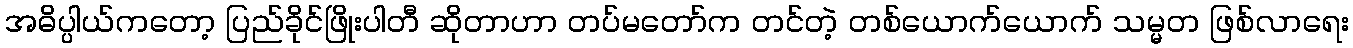
အဓိပ္ပါယ်ကတော့ ပြည်ခိုင်ဖြိုးပါတီ ဆိုတာဟာ တပ်မတော်က တင်တဲ့ တစ်ယောက်ယောက် သမ္မတ ဖြစ်လာရေး